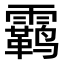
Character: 𫕳